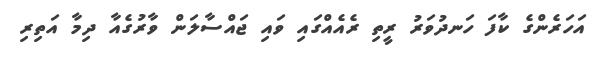
އަހަރެންގެ ކާފަ ހަނދުވަރު ރީތި ރެއެއްގައި ވައި ޖައްސާލަން ވާރުގެއާ ދިމާ އަތިރި